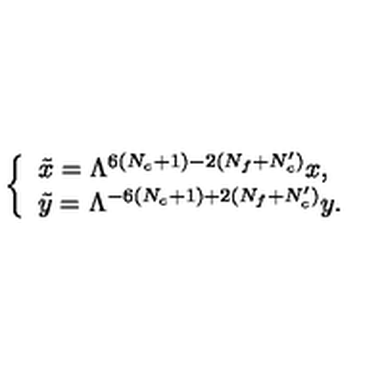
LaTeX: \left\{ \begin{array} { l } { \tilde { x } = \Lambda ^ { 6 ( N _ { c } + 1 ) - 2 ( N _ { f } + N _ { c } ^ { \prime } ) } x , } \\ { \tilde { y } = \Lambda ^ { - 6 ( N _ { c } + 1 ) + 2 ( N _ { f } + N _ { c } ^ { \prime } ) } y . } \\ \end{array} \right.